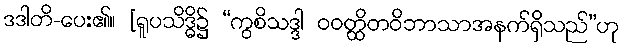
ဒဒါတိ-ပေး၏။ [ရူပသိဒ္ဓိ၌ “ကွစိသဒ္ဒါ ဝဝတ္ထိတဝိဘာသာအနက်ရှိသည်”ဟု